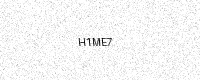
Text: H1ME7